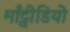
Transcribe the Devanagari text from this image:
माँट्वीडियो